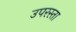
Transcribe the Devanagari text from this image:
उपरस्ता